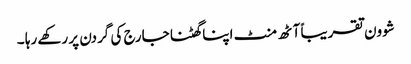
شوون تقریباً آٹھ منٹ اپنا گھٹنا جارج کی گردن پر رکھے رہا ۔